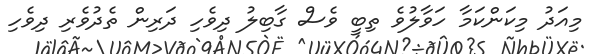
މިއަދު މިކަންކަމާ ހަވާލުވެ ތިބީ ވެސް ގާބިލު ދިވެހި ދަރިން ތެދުވެރި ދިވެހި